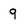
Character: 9